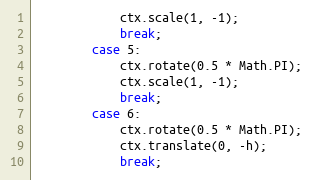
Language: JavaScript
            ctx.scale(1, -1);
            break;
        case 5:
            ctx.rotate(0.5 * Math.PI);
            ctx.scale(1, -1);
            break;
        case 6:
            ctx.rotate(0.5 * Math.PI);
            ctx.translate(0, -h);
            break;